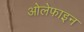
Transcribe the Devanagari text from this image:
ओलेफाइन